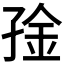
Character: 𫲧